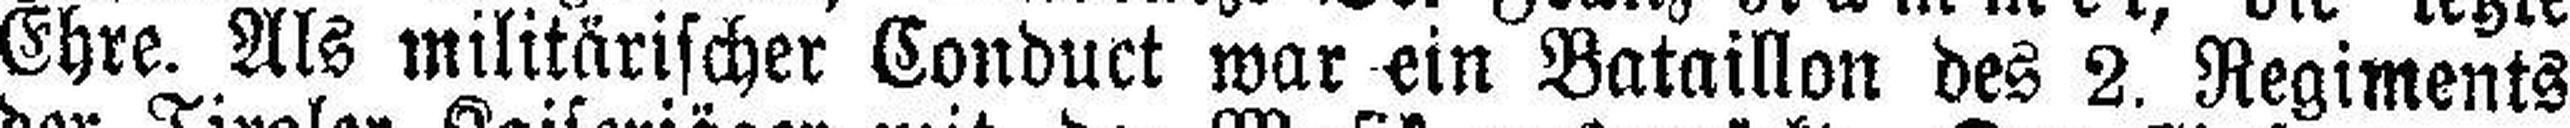
Ehre. Als militärischer Conduct war ein Bataillon des 2. Regiments